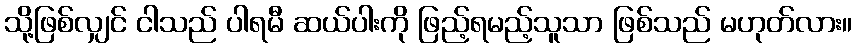
သို့ဖြစ်လျှင် ငါသည် ပါရမီ ဆယ်ပါးကို ဖြည့်ရမည့်သူသာ ဖြစ်သည် မဟုတ်လား။